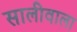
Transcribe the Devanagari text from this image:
सालीवाला